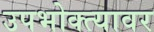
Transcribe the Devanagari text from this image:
उपभोक्त्यावर